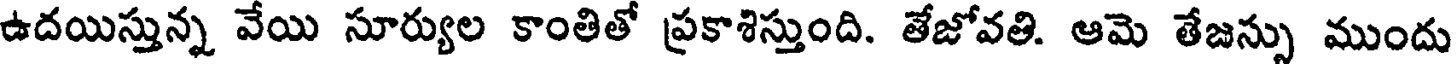
ఉదయిస్తున్న వేయి సూర్యుల కాంతితో ప్రకాశిస్తుంది. తేజోవతి. ఆమె తేజన్సు ముందు